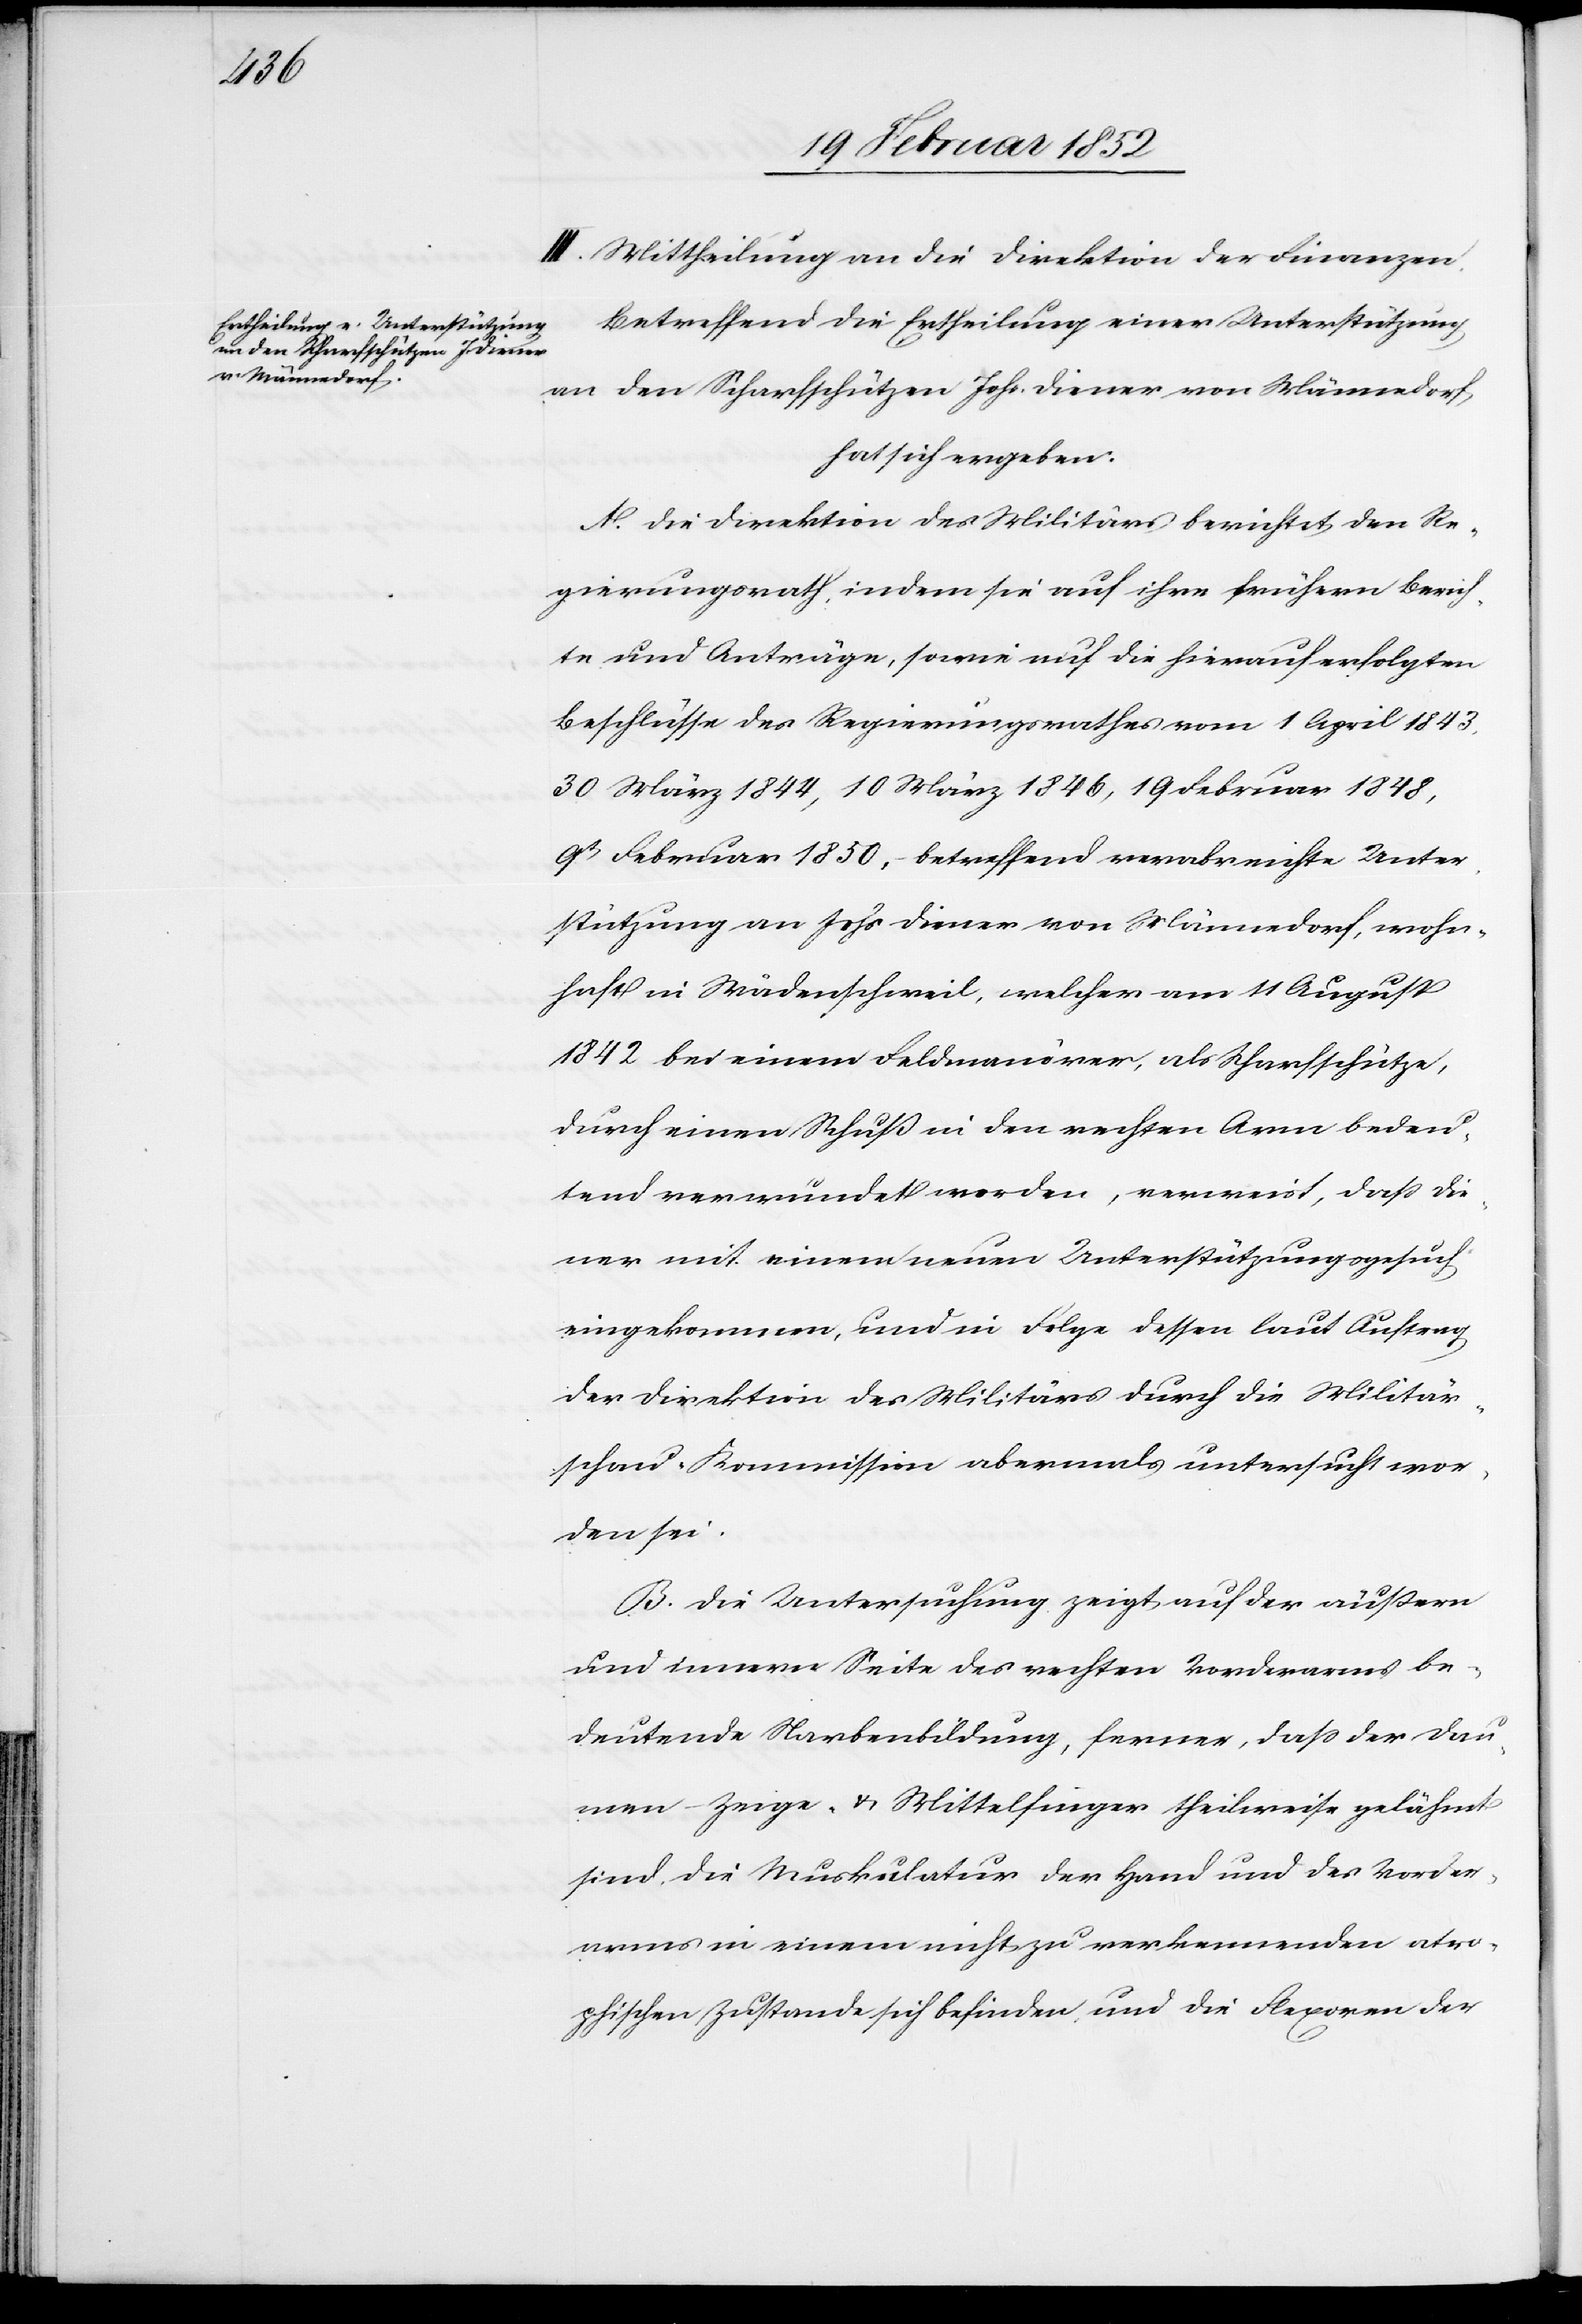
III. Mittheilung an die Direktion der Finanzen.
Betreffend die Ertheilung einer Unterstützung
an den Scharfschützen Johs. Diener von Männedorf,
hat sich ergeben.
A. Die Direktion des Militärs berichtet dem Re¬
gierungsrath, indem sie auf ihre frühern Berich¬
te und Anträge, sowie auf die hierauf erfolgten
Beschlüsse des Regierungsrathes vom 1 April 1843,
30 März 1844, 10 März 1846, 19 Februar 1848,
9t Februar 1850, – betreffend verabreichte Unter¬
stützung an Johs Diener von Männedorf, wohn¬
haft in Wädenschweil, welchen am 11 August
1842 bei einem Feldmanöver als Scharfschütze,
durch einen Schuß in den rechten Arm bedeu¬
tend verwundet worden, verweist, daß die¬
ser mit einem neuen Unterstützungsgesuch
eingekommen, und in Folge dessen laut Auftrag
der Direktion des Militärs durch die Militär¬
schau-Kommission abermals untersucht wor¬
den sei.
B. Die Untersuchung zeigt auf der äußern
und innern Seite des rechten Vorderarms be¬
deutende Narbenbildung, ferner, daß der Dau¬
men- Zeige- u. Mittelfinger theilweise gelähmt
sind, die Muskulatur der Hand und des Vorder¬
arms in einem nicht zu verkennenden atro¬
phischen Zustande sich befinden und die Flexoren der